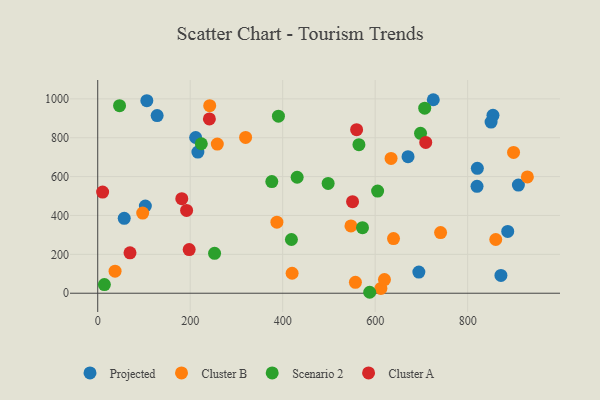
{"axis": {"x": "Ad Spend", "y": "Exam Score"}, "legend": ["Cluster A", "Cluster B", "Projected", "Scenario 2"], "data": [{"x": "909.8", "y": 556.4, "type": "Projected"}, {"x": "57.3", "y": 385.4, "type": "Projected"}, {"x": "106.2", "y": 990.8, "type": "Projected"}, {"x": "694.5", "y": 108.6, "type": "Projected"}, {"x": "103.0", "y": 448.8, "type": "Projected"}, {"x": "854.8", "y": 915.2, "type": "Projected"}, {"x": "821.0", "y": 642.4, "type": "Projected"}, {"x": "850.7", "y": 880.8, "type": "Projected"}, {"x": "872.0", "y": 91.5, "type": "Projected"}, {"x": "216.6", "y": 726.1, "type": "Projected"}, {"x": "128.5", "y": 913.9, "type": "Projected"}, {"x": "211.8", "y": 801.2, "type": "Projected"}, {"x": "725.7", "y": 995.6, "type": "Projected"}, {"x": "820.3", "y": 550.1, "type": "Projected"}, {"x": "886.7", "y": 317.8, "type": "Projected"}, {"x": "671.1", "y": 702.4, "type": "Projected"}, {"x": "387.5", "y": 365.4, "type": "Cluster B"}, {"x": "612.4", "y": 24.7, "type": "Cluster B"}, {"x": "97.3", "y": 412.5, "type": "Cluster B"}, {"x": "547.6", "y": 346.4, "type": "Cluster B"}, {"x": "258.6", "y": 767.6, "type": "Cluster B"}, {"x": "557.3", "y": 56.1, "type": "Cluster B"}, {"x": "639.7", "y": 281.4, "type": "Cluster B"}, {"x": "899.3", "y": 724.5, "type": "Cluster B"}, {"x": "620.1", "y": 70.0, "type": "Cluster B"}, {"x": "860.8", "y": 276.4, "type": "Cluster B"}, {"x": "741.5", "y": 311.9, "type": "Cluster B"}, {"x": "37.5", "y": 113.7, "type": "Cluster B"}, {"x": "242.2", "y": 965.2, "type": "Cluster B"}, {"x": "634.4", "y": 693.6, "type": "Cluster B"}, {"x": "319.8", "y": 801.4, "type": "Cluster B"}, {"x": "420.4", "y": 102.9, "type": "Cluster B"}, {"x": "929.2", "y": 598.5, "type": "Cluster B"}, {"x": "498.3", "y": 565.2, "type": "Scenario 2"}, {"x": "564.9", "y": 764.3, "type": "Scenario 2"}, {"x": "376.5", "y": 574.5, "type": "Scenario 2"}, {"x": "572.6", "y": 337.4, "type": "Scenario 2"}, {"x": "418.9", "y": 276.5, "type": "Scenario 2"}, {"x": "252.7", "y": 205.2, "type": "Scenario 2"}, {"x": "14.4", "y": 44.7, "type": "Scenario 2"}, {"x": "707.2", "y": 952.3, "type": "Scenario 2"}, {"x": "431.3", "y": 596.6, "type": "Scenario 2"}, {"x": "588.2", "y": 4.9, "type": "Scenario 2"}, {"x": "47.2", "y": 964.9, "type": "Scenario 2"}, {"x": "605.3", "y": 525.5, "type": "Scenario 2"}, {"x": "390.8", "y": 911.0, "type": "Scenario 2"}, {"x": "224.0", "y": 769.1, "type": "Scenario 2"}, {"x": "698.1", "y": 822.8, "type": "Scenario 2"}, {"x": "181.8", "y": 486.7, "type": "Cluster A"}, {"x": "551.1", "y": 471.2, "type": "Cluster A"}, {"x": "192.2", "y": 425.9, "type": "Cluster A"}, {"x": "559.9", "y": 841.5, "type": "Cluster A"}, {"x": "197.8", "y": 224.5, "type": "Cluster A"}, {"x": "69.8", "y": 208.0, "type": "Cluster A"}, {"x": "241.5", "y": 896.6, "type": "Cluster A"}, {"x": "709.4", "y": 776.1, "type": "Cluster A"}, {"x": "10.6", "y": 520.5, "type": "Cluster A"}]}